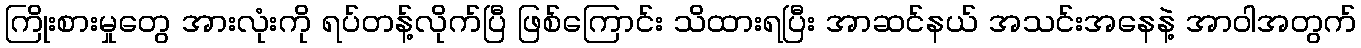
ကြိုးစားမှုတွေ အားလုံးကို ရပ်တန့်လိုက်ပြီ ဖြစ်ကြောင်း သိထားရပြီး အာဆင်နယ် အသင်းအနေနဲ့ အာဝါအတွက်